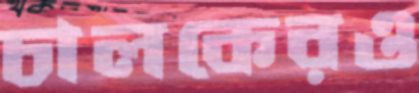
চালকেরও